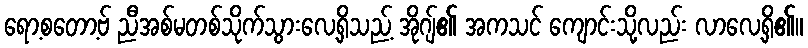
ရော့စတော့ဗ် ညီအစ်မတစ်သိုက်သွားလေ့ရှိသည့် အိုဂျ်၏ အကသင် ကျောင်းသို့လည်း လာလေ့ရှိ၏။